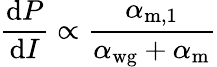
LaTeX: \frac{\mathrm{d}P}{\mathrm{d}I}\propto\frac{\alpha_{\mathrm{m,1}}}{\alpha_{\mathrm{wg}}+\alpha_{\mathrm{m}}}